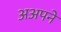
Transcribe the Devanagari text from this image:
अअपने